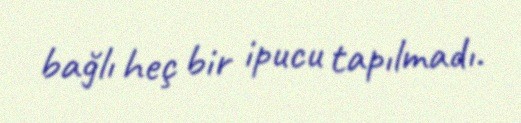
bağlı heç bir ipucu tapılmadı.